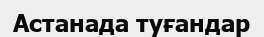
Астанада туғандар